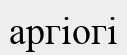
аргіогі